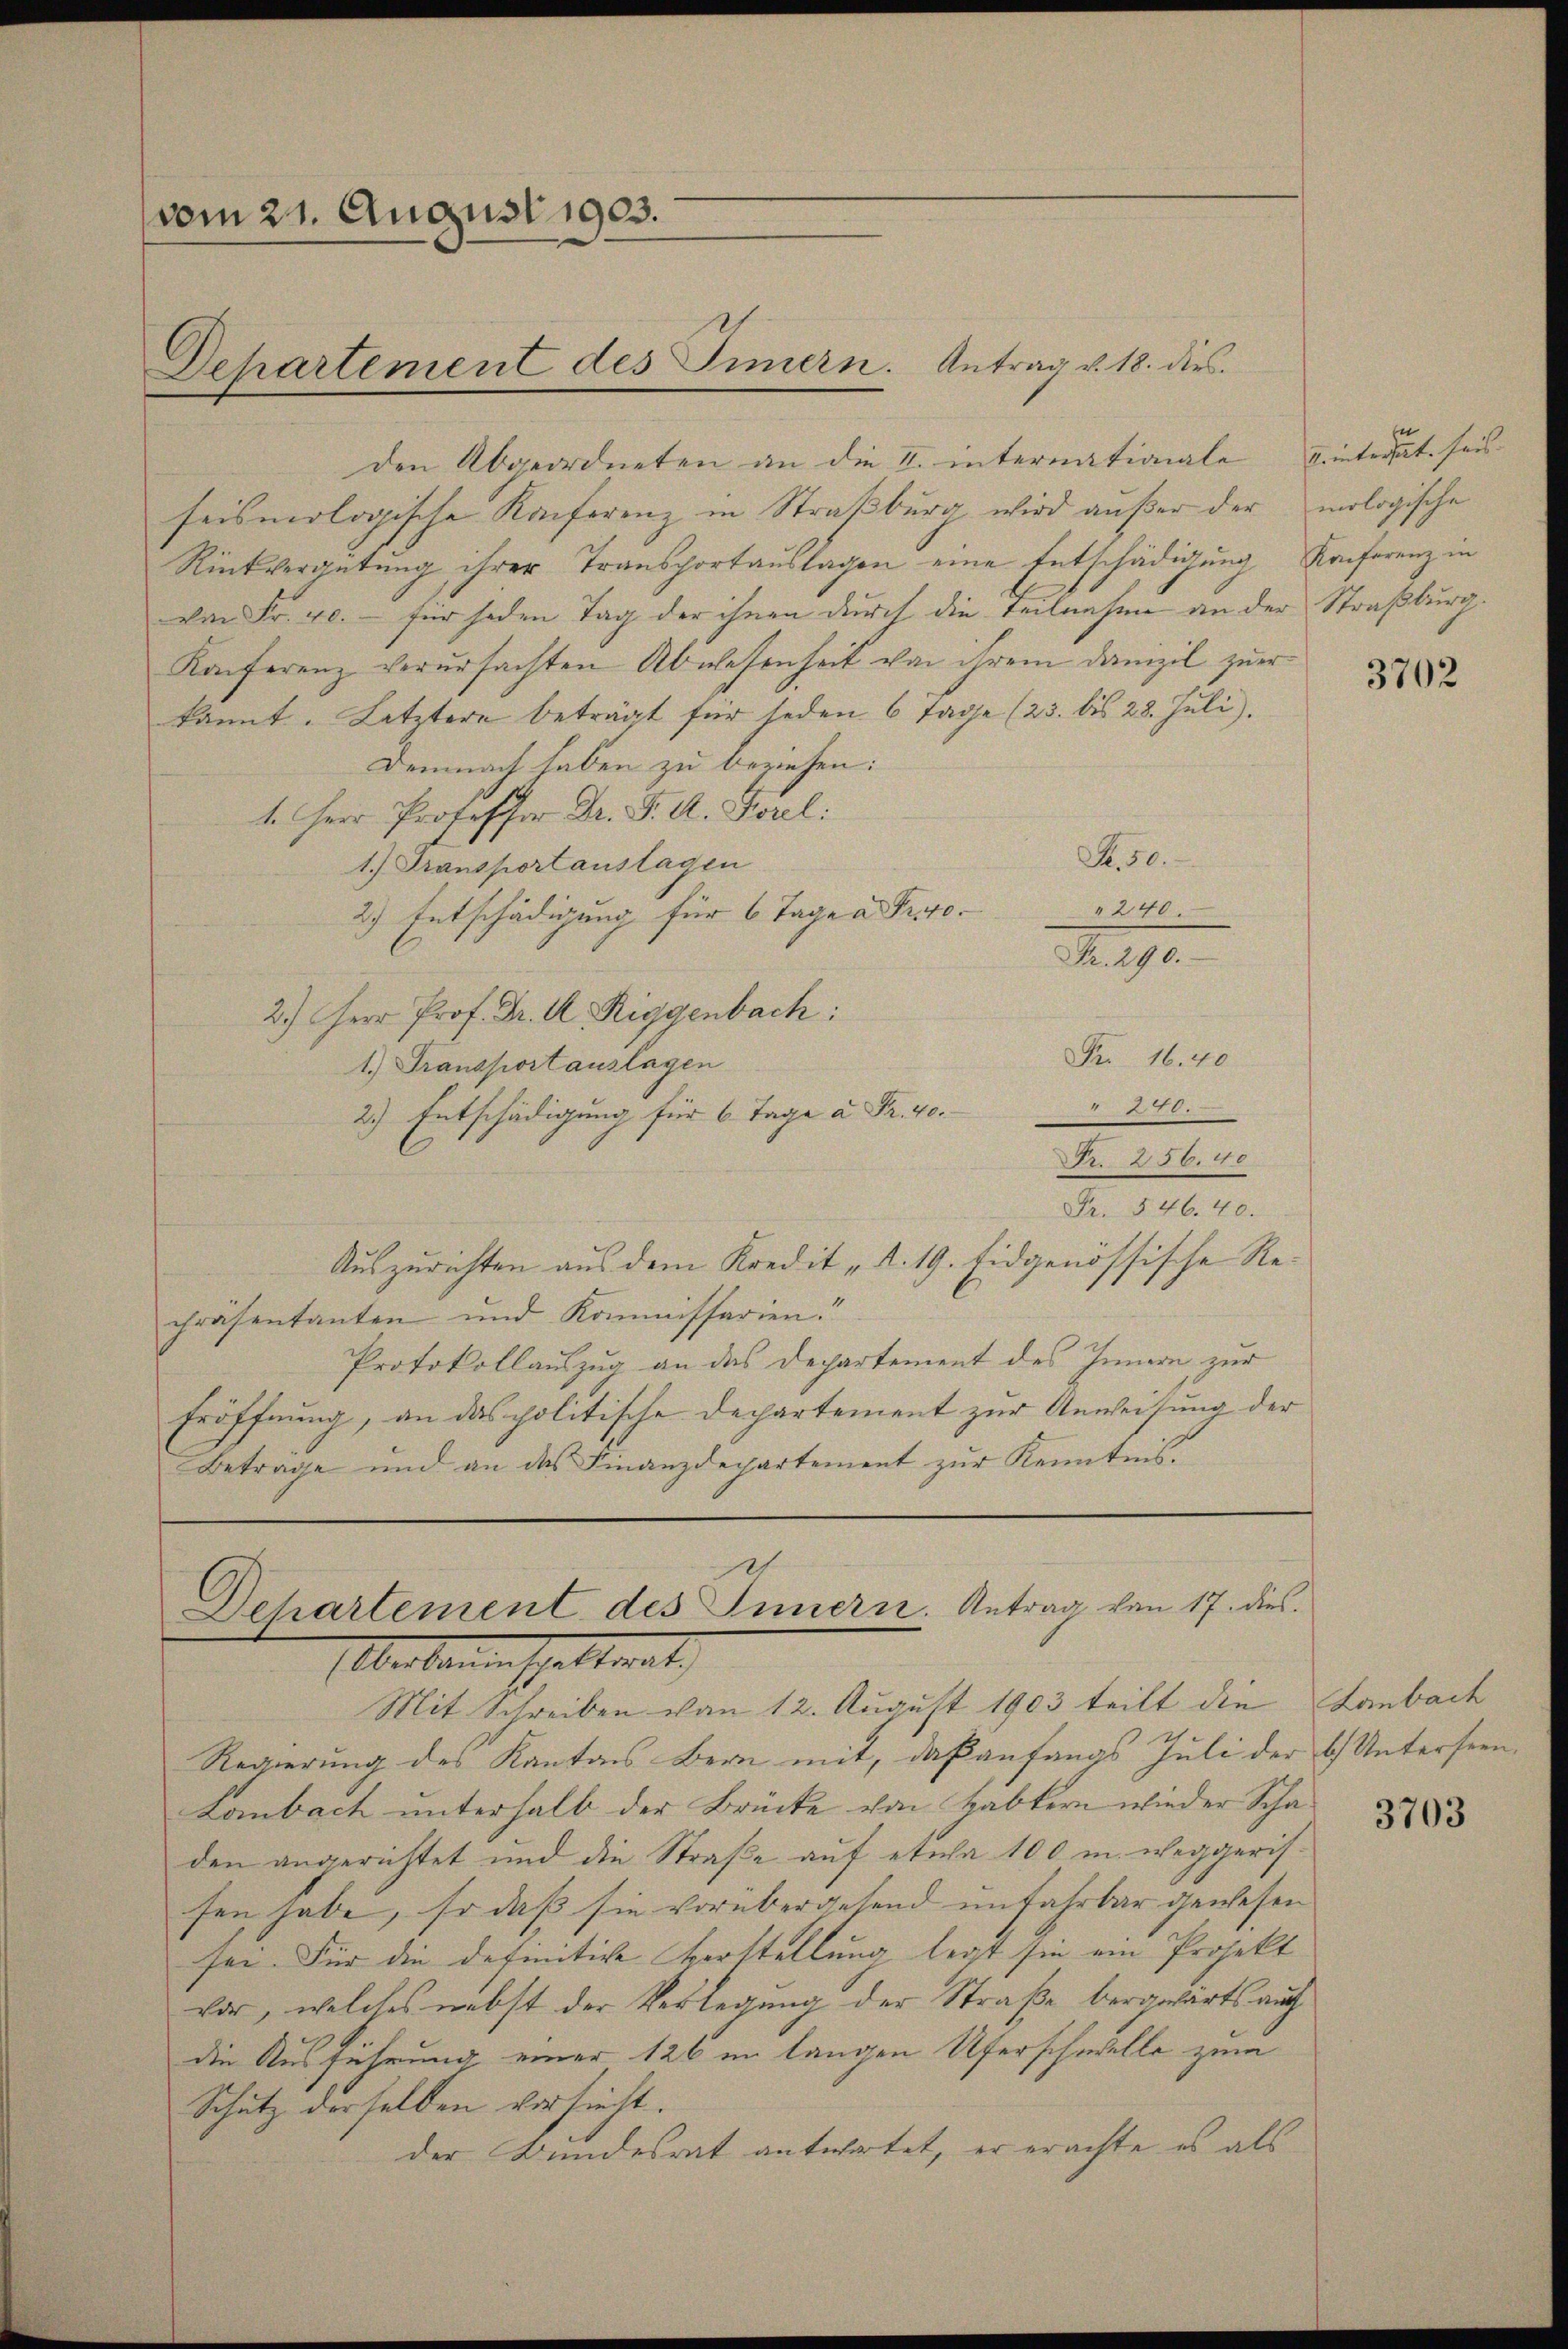
vom 21. August 1903.
Departement des Simern. Antrag v. 18. dies

den Abgeordneten an die I. internationale
feismologische Konferenz in Straßburg wird außer der
Rückvergütung ihrer Transportauslagen eine Entschädigung Konferenz in
von Fr. 40. für jeden Tag der ihnen durch die Teilnasen an der Straßburg.
Konferenz verursachten Abwesenheit von ihrem Danizil zuer
kannt. Letztere beträgt für jeden 6 Tage (23. bis 28. Juli).
Demnach haben zu beziehen:
1. Herr Professor Dr. F. A. Forel:
M. 50.
1.) Fransportanstagen
240.
2.) Entschädigung für 6 Tage a Pro
e
2.) Herr Prof. Dr. A. Riggenbach:
Fr. 16.40
1.) Transportauslagen

2.) Entschädigung für 6 Tage a. Fr. 40.
Nr. 256. 40
Fr. 546. 40.
Auszurichten aus dem Kredit „R. 19. Eidgenössische Repräsentanten und Kommissarien.
Protokollauszug an das Departement des Innern zur
Eröffnung, an das politische Departement zur Anweisung der
Betrage und an das Finanzdepartement zur Kenntnis.

Dehartement des Innern. Antrag von 17. dies
Überbauenschattent

Mit Schreiben von 12. August 1903 teilt die
Regierung des Kantons Bern mit, daß anfangs Juli der b) Untersten-
Lombach unterhalb der Brücke von Habtern wieder Schaden angerichtet und die Straße auf etwa 100 m. weggerisfen habe, so daß sie vorübergesend unfahrbar gewesen
see. Für die definitive Vorstellung legt sie ein Projekt
vor, welches nebst der Verlegung der Straße beranwärts auch
die Ausführung einer 126 in langen Uferschwelle zum
Schutz derselben versieht.
der Bundesrat antwortet, er erachte es als

Trinterhut fais.
mologische

3702

Lanbach

3703